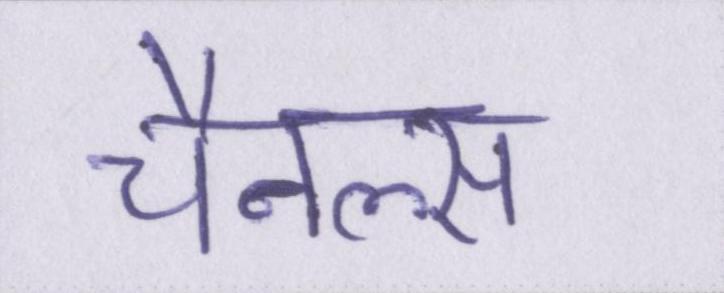
चैनल्स